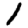
Digit: 1